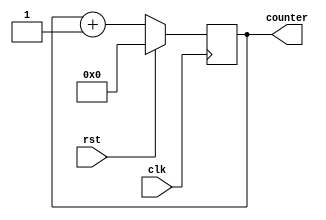
module four_bit_counter(clk, rst, counter);
	input clk, rst;
	output reg [3:0] counter;

	always @(posedge clk) begin
		if(rst) begin
			counter <= 4'b0000;
		end
		else begin 
			counter <= counter + 1'b1;
		end
	end
endmodule